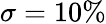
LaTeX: \sigma=10\%